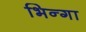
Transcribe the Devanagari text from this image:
भिन्गा